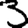
Digit: 3